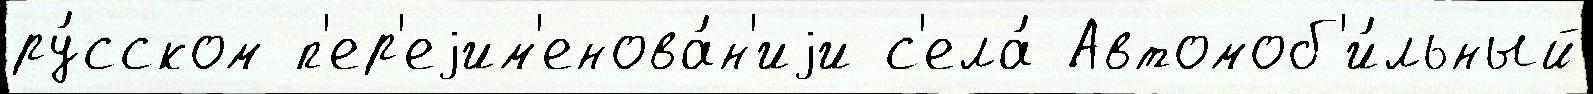
ру́сском п'ер'еjим'енова́н'иjи с'ела́ Автомоб'и́льный